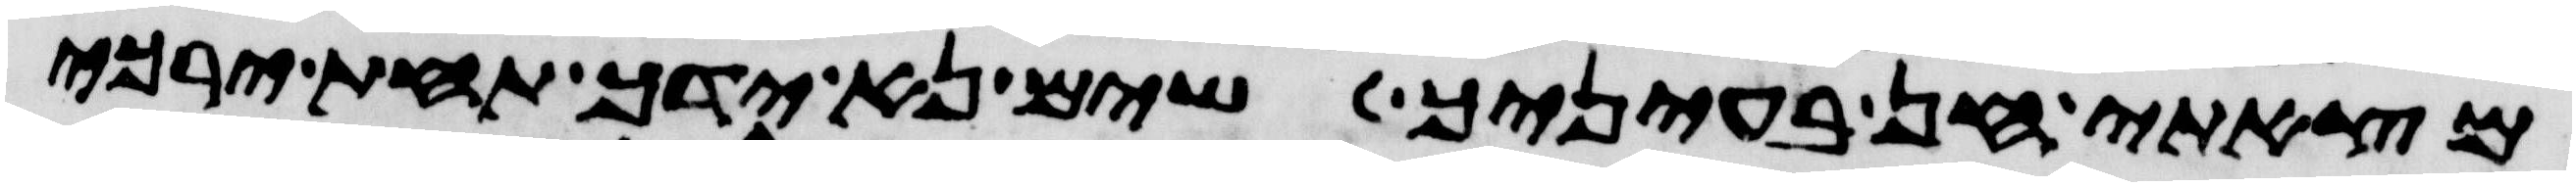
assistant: מצאתי חן בעיניך שים נא ידך תחת ירכי